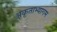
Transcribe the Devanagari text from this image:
अकृताभ्यागम